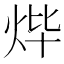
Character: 𤇹